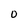
Character: 0